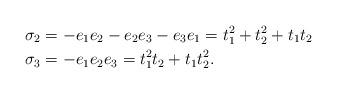
LaTeX: \begin{align*}\sigma_2 &= -e_1e_2 - e_2e_3 -e_3e_1 = t_1^2+t_2^2 +t_1t_2 \\\sigma_3 &= -e_1e_2e_3 = t_1^2t_2+t_1t_2^2 .\end{align*}